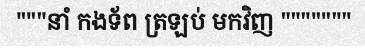
"""នាំ កងទ័ព ត្រឡប់ មកវិញ """""""